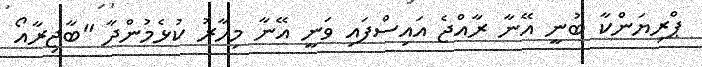
ޕްރިޔަންކާ ބުނީ އޭނާ ރާއްޖެ އައިސްފައި ވަނީ އޭނާ މިހާރު ކުޅެމުންދާ "ބާޖިރާއޯ